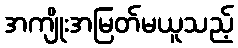
အကျိုးအမြတ်မယူသည့်